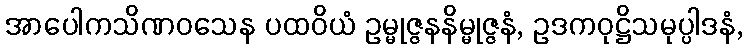
အာပေါကသိဏဝသေန ပထဝိယံ ဥမ္မုဇ္ဇနနိမ္မုဇ္ဇနံ, ဥဒကဝုဋ္ဌိသမုပ္ပါဒနံ,